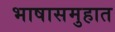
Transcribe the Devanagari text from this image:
भाषासमुहात